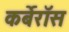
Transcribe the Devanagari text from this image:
कर्बेरॉस